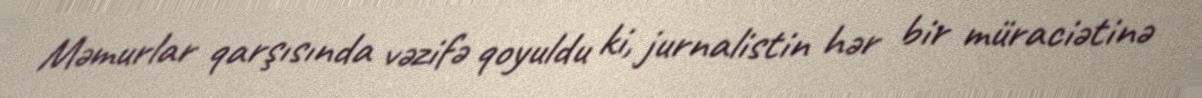
Məmurlar qarşısında vəzifə qoyuldu ki, jurnalistin hər bir müraciətinə